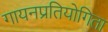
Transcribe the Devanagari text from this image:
गायनप्रतियोगिता